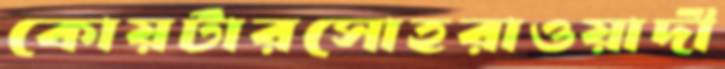
কোয়র্টারসোহরাওয়ার্দী